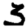
Digit: 3